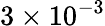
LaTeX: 3\times 10^{-3}